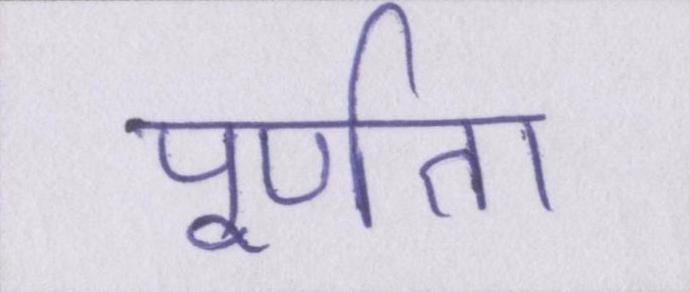
पूर्णता